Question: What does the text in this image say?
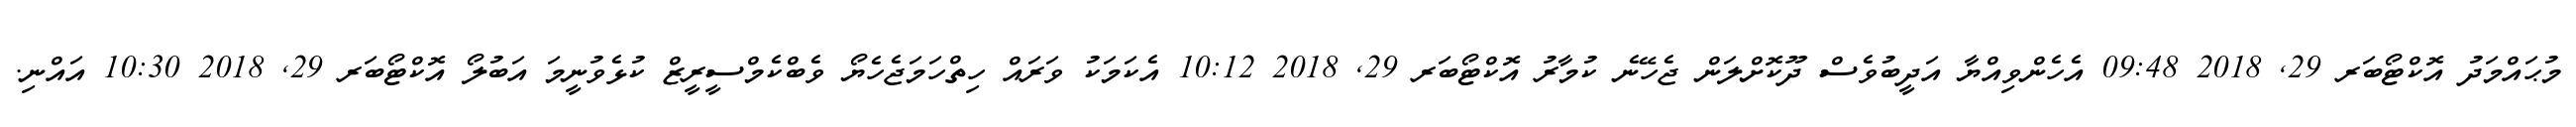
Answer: މުޙައްމަދު އޮކްޓޯބަރ 29, 2018 09:48 އެހެންވިއްޔާ އަދީބުވެސް ދޫކޮށްލަން ޖެހޭނެ ކުމާރު އޮކްޓޯބަރ 29, 2018 10:12 އެކަމަކު ވަރައް ހިތްހަމަޖެހެޔޯ ވެބްކެމްސީރީޒް ކުޅެވުނީމަ އަބުލޯ އޮކްޓޯބަރ 29, 2018 10:30 އައްނި.